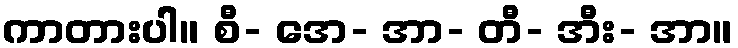
ကာတားပါ။ စီ- အေ- အာ- တီ- အီး- အာ။